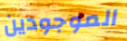
الموجودين